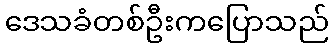
ဒေသခံတစ်ဦးကပြောသည်